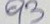
93